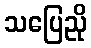
သပြေညို